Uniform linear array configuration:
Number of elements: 24
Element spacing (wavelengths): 0.5
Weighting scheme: uniform
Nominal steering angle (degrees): -15
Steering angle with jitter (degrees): -14.354
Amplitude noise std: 0.05
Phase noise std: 0.05

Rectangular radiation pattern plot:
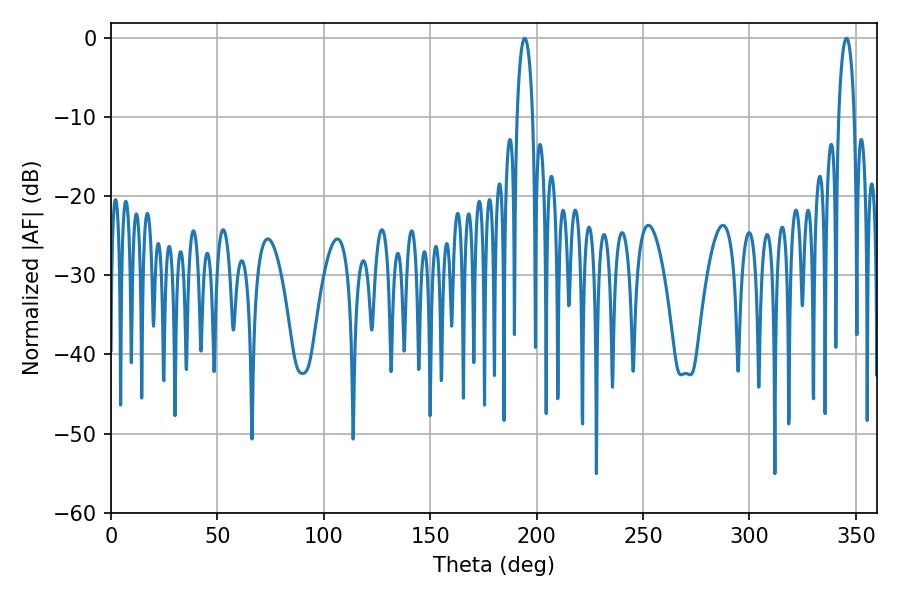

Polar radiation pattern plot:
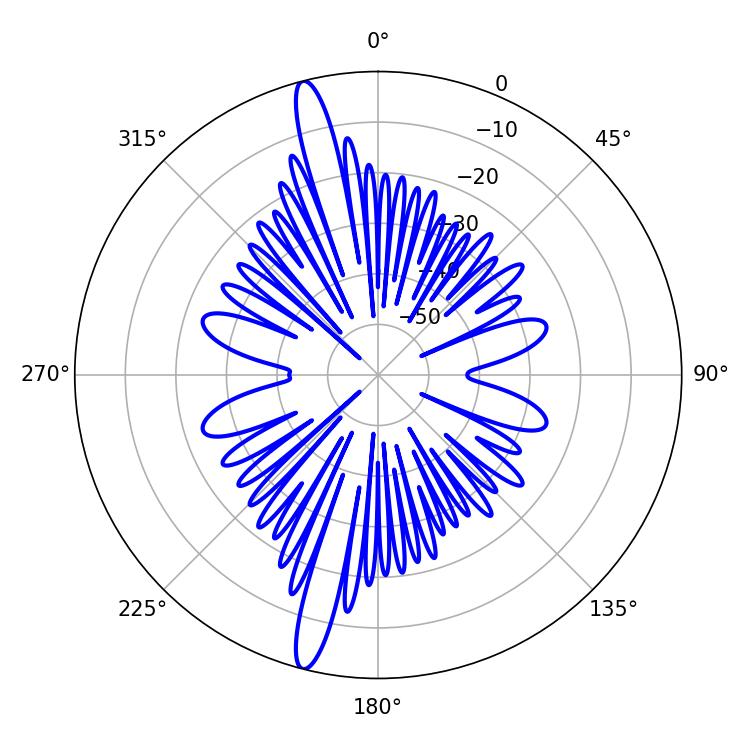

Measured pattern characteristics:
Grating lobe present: FALSE
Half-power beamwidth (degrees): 4.14
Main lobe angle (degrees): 194.4